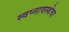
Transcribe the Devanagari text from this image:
स्वप्नावस्थेचा